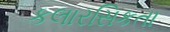
કલારસિકતા